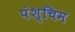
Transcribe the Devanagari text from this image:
पंश्चिम